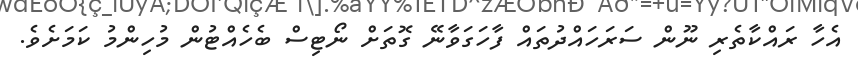
އެހާ ރައްކާތެރި ނޫން ސަރަހައްދުތައް ފާހަގަވާނޭ ގޮތަށް ނޯޓިސް ބެހެއްޓުން މުހިންމު ކަމަށެވެ.